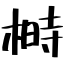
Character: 榯